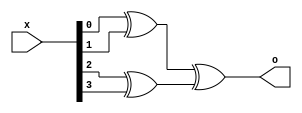
module bit4_xor(o, x);
    input [3: 0] x;
    wire [1: 0] t;
    output o;
    
    xor xor_1(t[0], x[0], x[1]);
    xor xor_2(t[1], x[2], x[3]);
    
    xor xor_o(o, t[0], t[1]);
endmodule